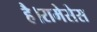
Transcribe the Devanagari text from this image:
है।रामेसेस